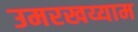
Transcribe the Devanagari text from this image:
उमरखय्याम